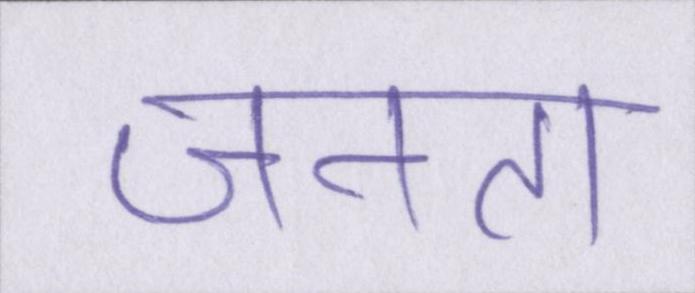
जनता